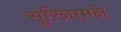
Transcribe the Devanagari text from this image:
सुरिनामने